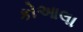
કોઆલા